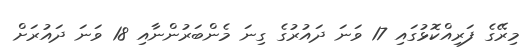
މިރޭގެ ފަރިއްކޮޅުގައި 17 ވަނަ ދައުރުގެ ގިނަ މެންބަރުންނާއި 18 ވަނަ ދައުރަށް